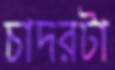
চাদরটা